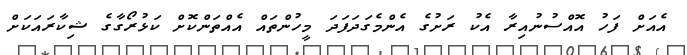
އެއަށް ފަހު އޮއްސުނުއިރާ އެކު ރަށުގެ އެންމެގަދަފަދަ މީހުންތައް އެއްތަންކޮށް ކަޅުރޯގާގެ ޝިކާރައަކަށް